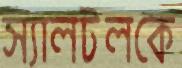
স্যালটলকে